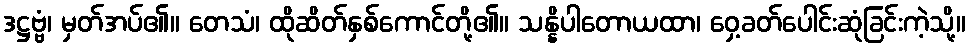
ဒဋ္ဌဗ္ဗံ၊ မှတ်အပ်၏။ တေသံ၊ ထိုဆိတ်နှစ်ကောင်တို့၏။ သန္နိပါတောယထာ၊ ဝှေ့ခတ်ပေါင်းဆုံခြင်းကဲ့သို့။